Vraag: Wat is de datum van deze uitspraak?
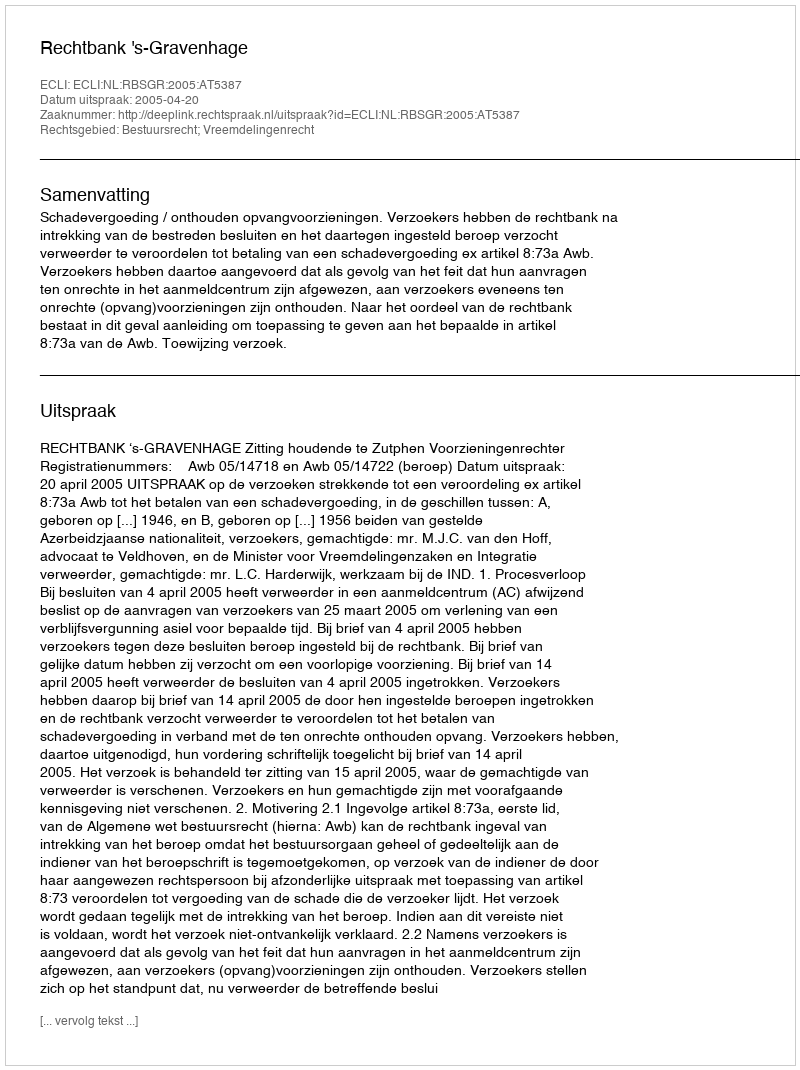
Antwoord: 2005-04-20